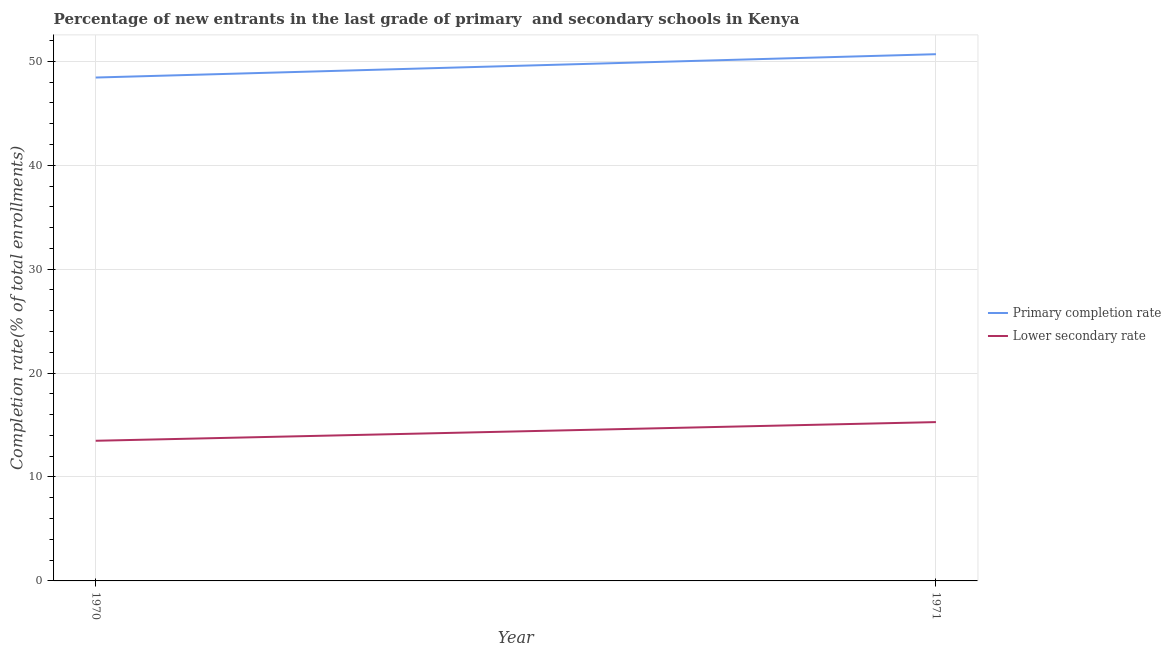
| Year | Primary completion rate | Lower secondary rate |
 | --- | --- | --- |
 | 1970 | 48.4 | 13.5 |
 | 1971 | 50.7 | 15.3 |